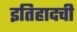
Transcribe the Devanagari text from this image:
इतिहादची